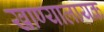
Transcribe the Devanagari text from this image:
खाण्यालायक